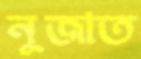
নূজাত